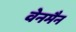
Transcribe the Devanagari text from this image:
वेनमैन